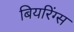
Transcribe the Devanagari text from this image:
बियरिंग्स